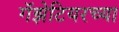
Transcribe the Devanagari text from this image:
गॅझेटियरच्या